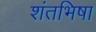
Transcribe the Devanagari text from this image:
शंतभिषा